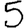
Digit: 5